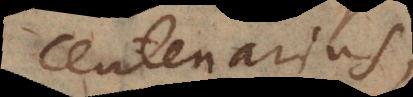
centenarius,